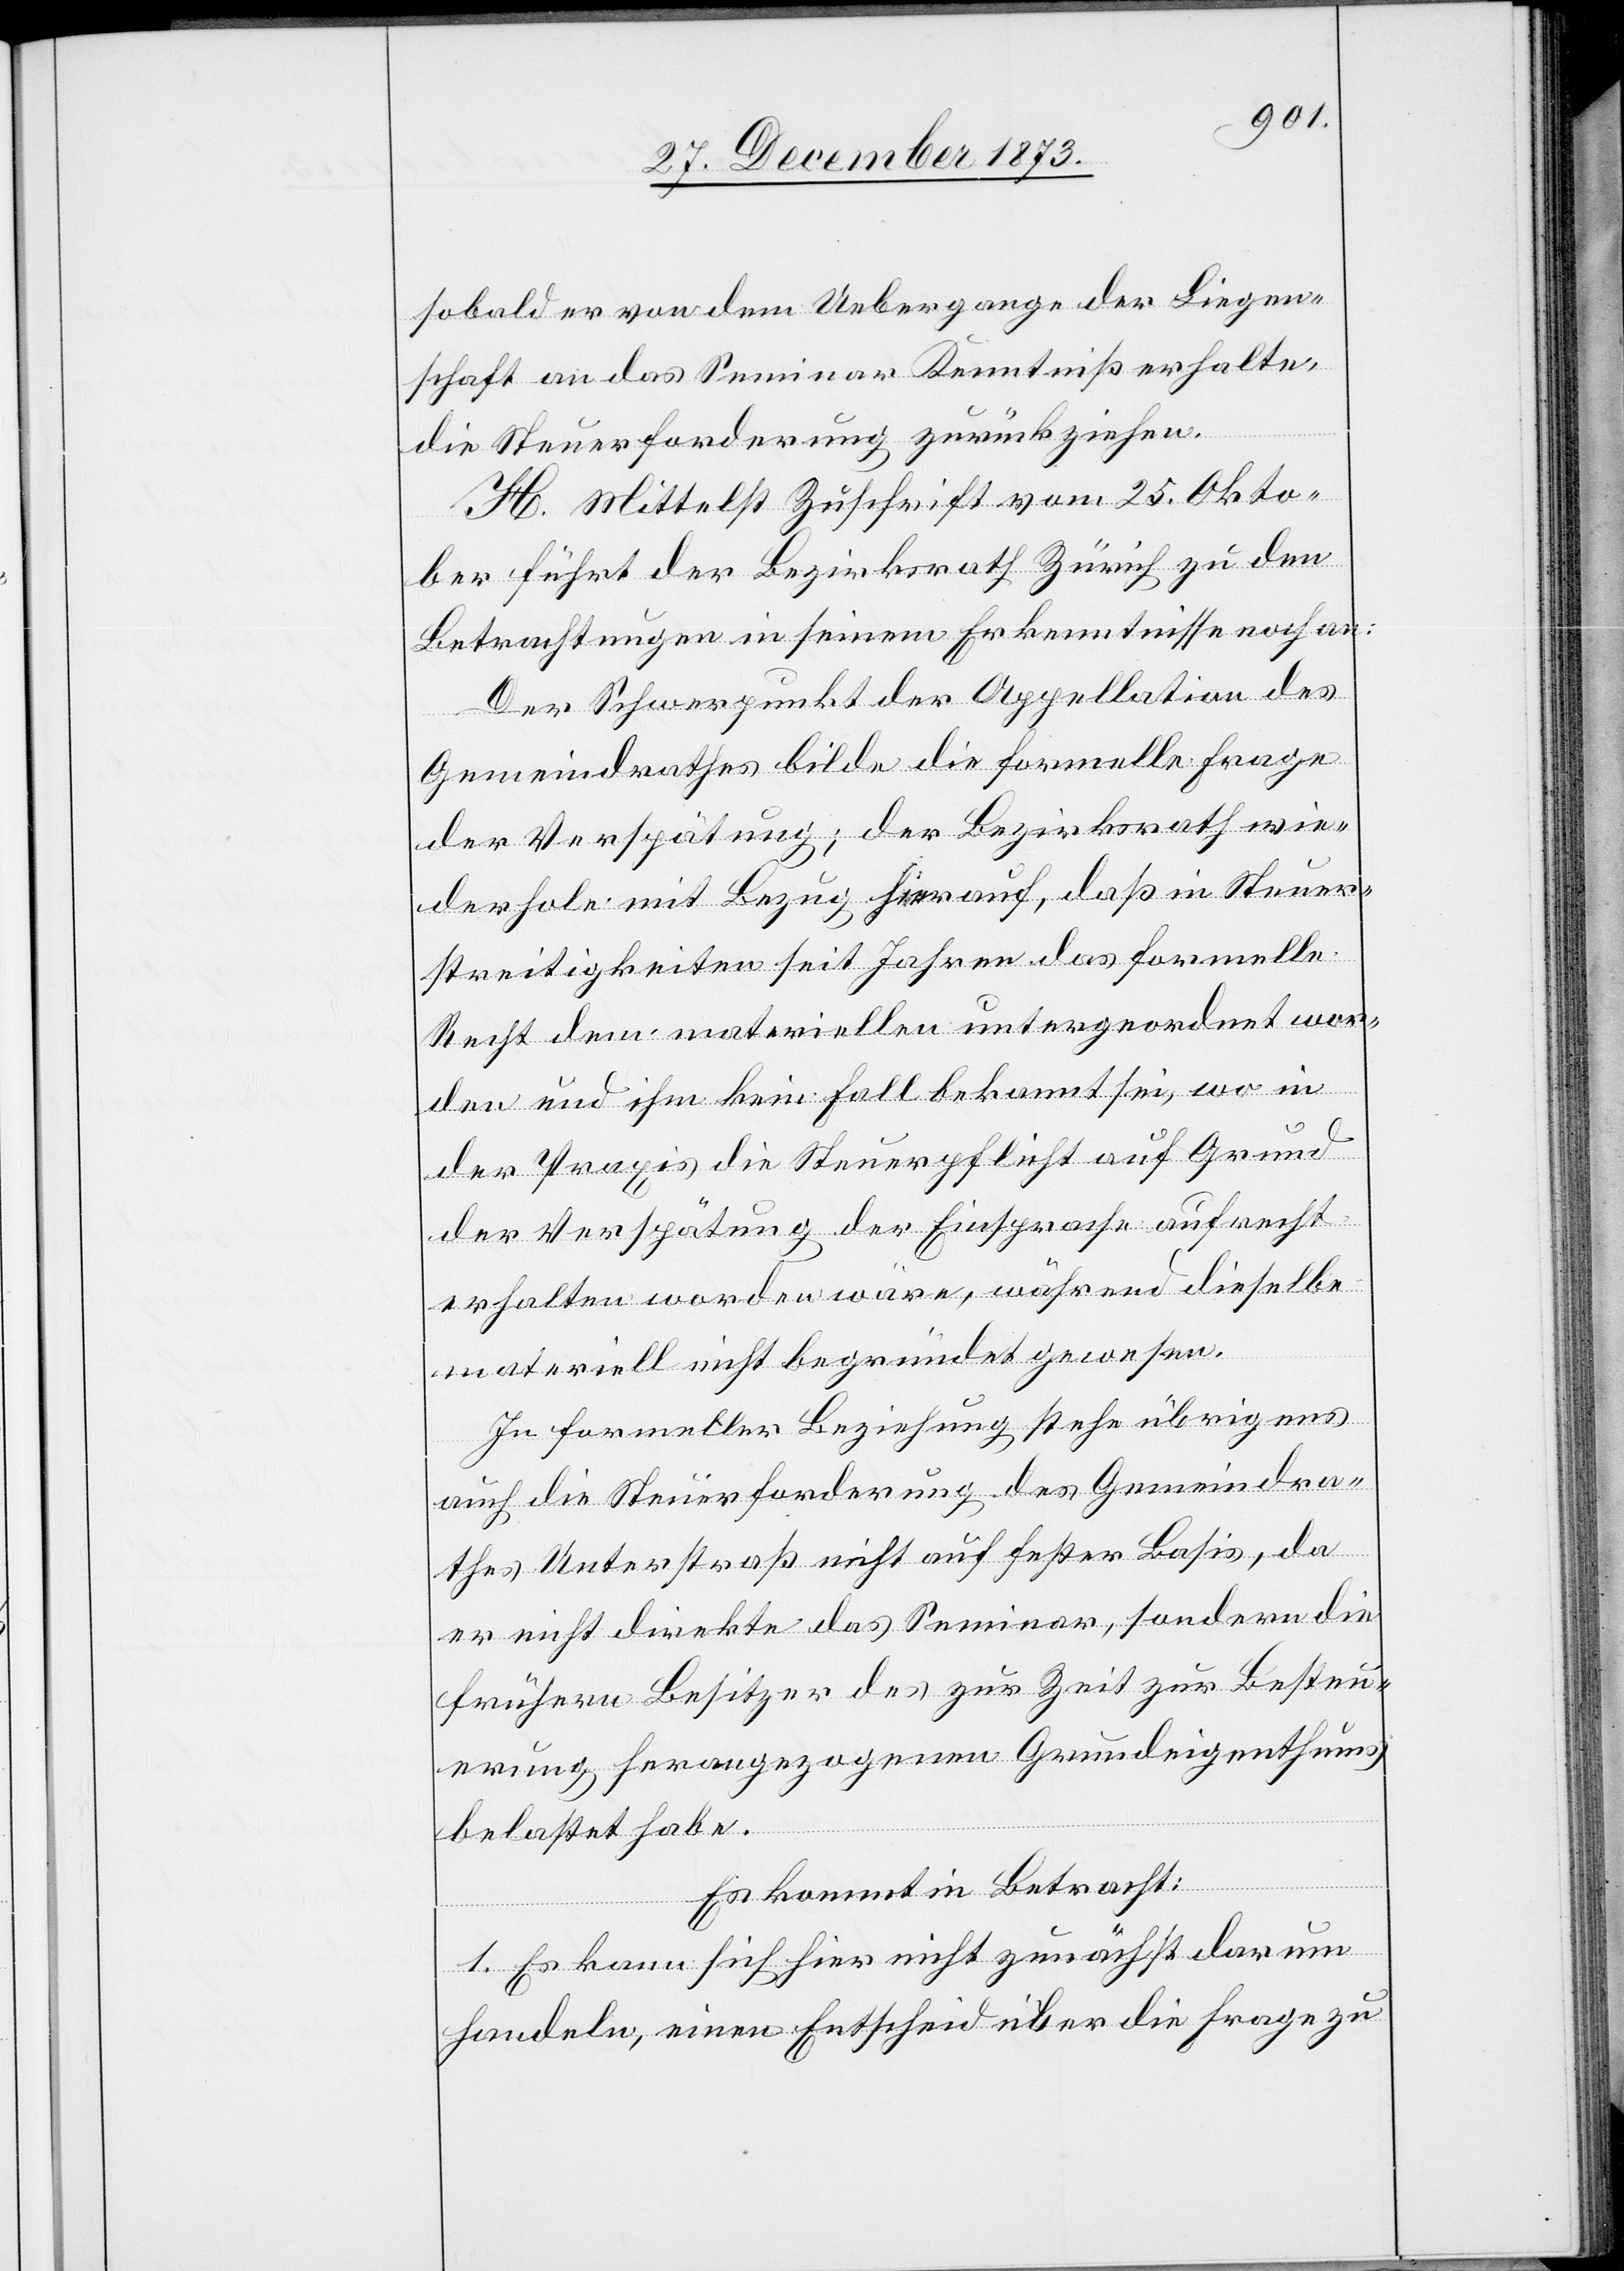
sobald er von dem Uebergange der Liegen¬
schaft an das Seminar Kenntniß erhalte¬
n,
die Steuerforderung zurückziehen.
H. Mittelst Zuschrift vom 25. Okto¬
ber führt der Bezirksrath Zürich zu den
Betrachtungen in seinem Erkenntnisse noch an:
Der Schwerpunkt der Appellation des
Gemeindrathes bilde die formelle Frage
der Verspätung; der Bezirksrath wie¬
derhole mit Bezug hierauf, daß in Steuer¬
streitigkeiten seit Jahren das formelle
Recht dem materiellen untergeordnet wor¬
den und ihm kein Fall bekannt sei, wo in
der Praxis die Steuerpflicht auf Grund
der Verspätung der Einsprache aufrecht
erhalten worden wäre, während dieselbe
materiell nicht begründet gewesen.
In formeller Beziehung stehe übrigens
auch die Steuerforderung des Gemeindra¬
thes Unterstraß nicht auf fester Basis, da
es nicht direkte das Seminar, sondern die
frühern Besitzer des zur Zeit zur Besteu¬
erung herangezogenen Grundeigenthums
belastet habe.
Es kommt in Betracht:
1. Es kann sich hier nicht zunächst darum
handeln, einen Entscheid über die Frage zu